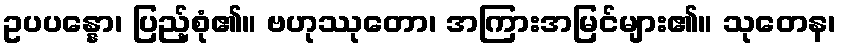
ဥပပန္နော၊ ပြည့်စုံ၏။ ဗဟုဿုတော၊ အကြားအမြင်များ၏။ သုတေန၊